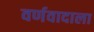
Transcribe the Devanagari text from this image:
वर्णवादाला